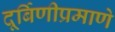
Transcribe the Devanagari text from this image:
दूर्बिणीप्रमाणे